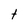
Character: t